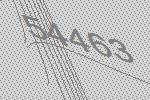
54463